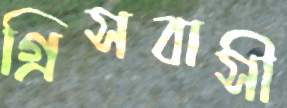
গ্রিসবাসী